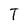
Character: T